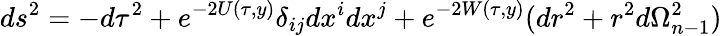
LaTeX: ds^{2}=-d\tau^{2}+e^{-2U(\tau,y)}\delta_{ij}dx^{i}dx^{j}+e^{-2W(\tau,y)}(dr^{2}+r^{2}d\Omega_{n-1}^{2})